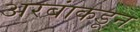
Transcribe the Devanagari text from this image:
अरबांकडून